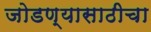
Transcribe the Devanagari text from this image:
जोडण्यासाठीचा